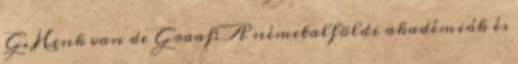
G. Henk van de Graaf: A németalföldi akadémiák és